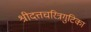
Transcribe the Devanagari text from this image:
श्रीदत्तचरित्रगुटिका